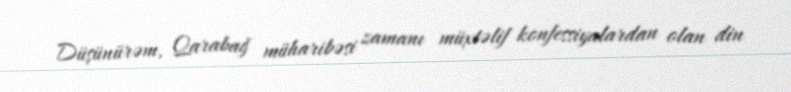
Düşünürəm, Qarabağ müharibəsi zamanı müxtəlif konfessiyalardan olan din